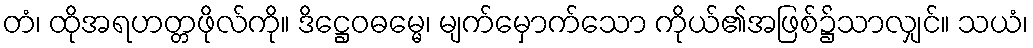
တံ၊ ထိုအရဟတ္တဖိုလ်ကို။ ဒိဋ္ဌေဝဓမ္မေ၊ မျက်မှောက်သော ကိုယ်၏အဖြစ်၌သာလျှင်။ သယံ၊